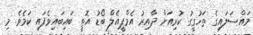
މައްސަލައިގެ ތަހުގީގު ކުރިއަށް ދާއިރު އެމްޕީއެލް ބޯޑު އޮތީ ބައިބައިވެފައި ކަމެވެ. މި